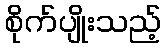
စိုက်ပျိုးသည့်